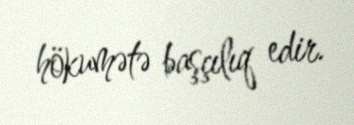
hökumətə başçılıq edir.